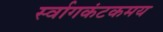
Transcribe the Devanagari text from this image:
र्स्वागकंटकमय